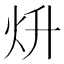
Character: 𤆭